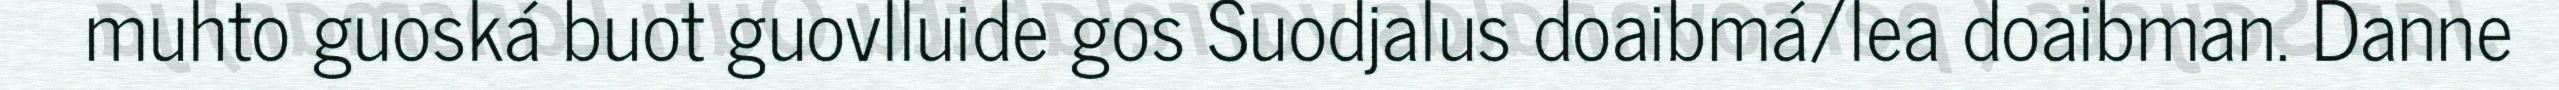
muhto guoská buot guovlluide gos Suodjalus doaibmá/lea doaibman. Danne